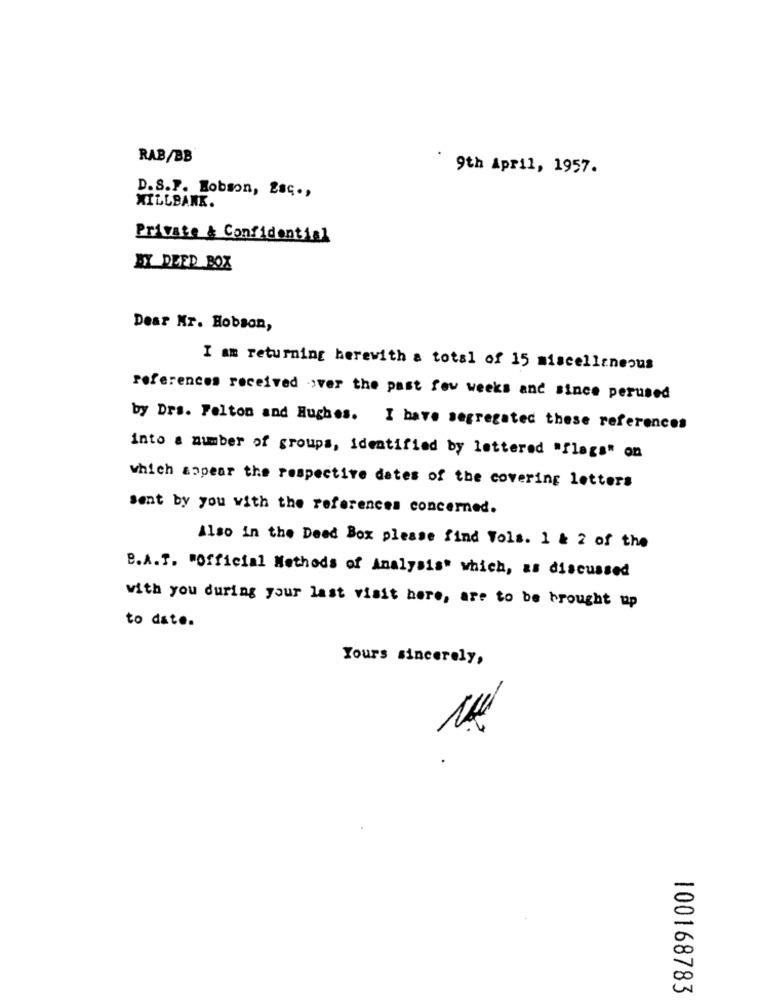
RAB/BB
9th April, 1957.
D.S.F. Hobson, Esc .,
MILLBANK.
Private & Confidential
BY DEED BOX
Dear Mr. Hobson,
I am returning herewith a total of 15 miscellaneous
references received over the past few weeks and since perused
by Drs. Felton and Hughes. I bave segregated these references
into a number of groups, identified by lettered "flags" on
which sopear the respective dates of the covering letters
Sent by you with the references concerned.
Also in the Dead Box please find Vols. 1 & 2 of the
B.A.T. "Official Methods of Analysis" which, as discussed
with you during your last visit here, are to be brought up
to date.
Yours sincerely,
-
100168783